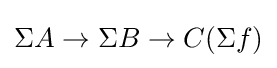
\Sigma A\to \Sigma B\to C(\Sigma f)